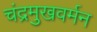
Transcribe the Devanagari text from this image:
चंद्रमुखवर्मन